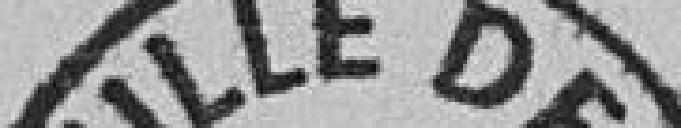
Ville de